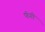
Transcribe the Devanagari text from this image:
फॅगी